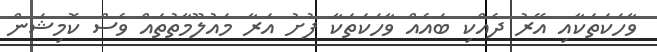
ވާހަކަތަކާއި އޭރު ދެއްކި ބައެއް ވާހަކަތަކާ ފުށު އަރާ މައުލޫމާތުތައް ވެސް ކޮމިޝަން